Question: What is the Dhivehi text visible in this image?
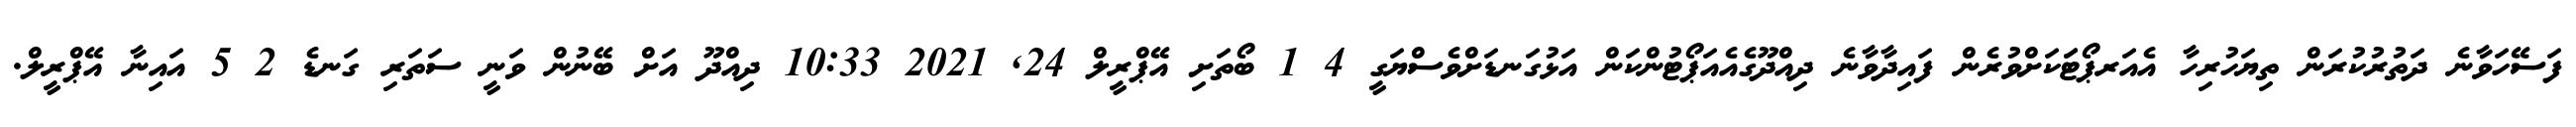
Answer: ފަސޭހަވާނެ ދަތުރުކުރަން ތިޔަހުރިހާ އެއަރޕޯޓަަކަށްވުރެން ފައިދާވާނެ ދިއްދޫގެއެއަޕޯޓުންކަން އަޅުގަނޑަށްވެސްޔަގީ 4 1 ބޯތަށި އޭޕްރީލް 24, 2021 10:33 ދިއްދޫ އަށް ބޭނުން ވަނީ ސަތަރި ގަނޑެ 2 5 އައިނާ އޭޕްރީލް.